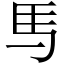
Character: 𫠉